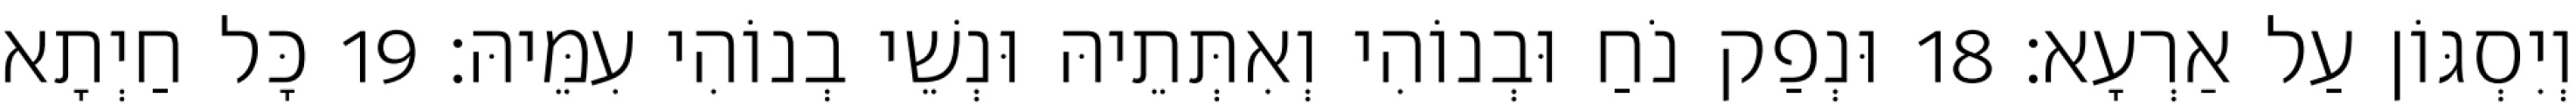
וְיִסְגּוֹן עַל אַרְעָא׃ 18 וּנְפַק נֹחַ וּבְנוֹהִי וְאִתְּתֵיהּ וּנְשֵׁי בְנוֹהִי עִמֵּיהּ׃ 19 כָּל חַיְתָא